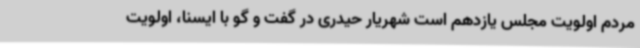
مردم اولویت مجلس یازدهم است شهریار حیدری در گفت و گو با ایسنا، اولویت